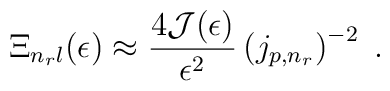
\Xi_{n_{r} l}(\epsilon) \approx\frac{4{\mathcal J}(\epsilon)}{\epsilon^{2}}\left( j_{p,n_{r}} \right)^{-2}\;  .